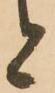
者